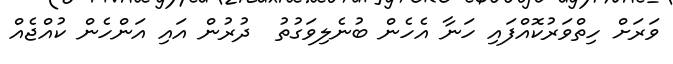
ވަރަށް ހިތްވަރުކޮއްފައި ހަނާ އެހެން ބުނެލިވަގުތު  ދުރުން އައި އަންހެން ކުއްޖެއް